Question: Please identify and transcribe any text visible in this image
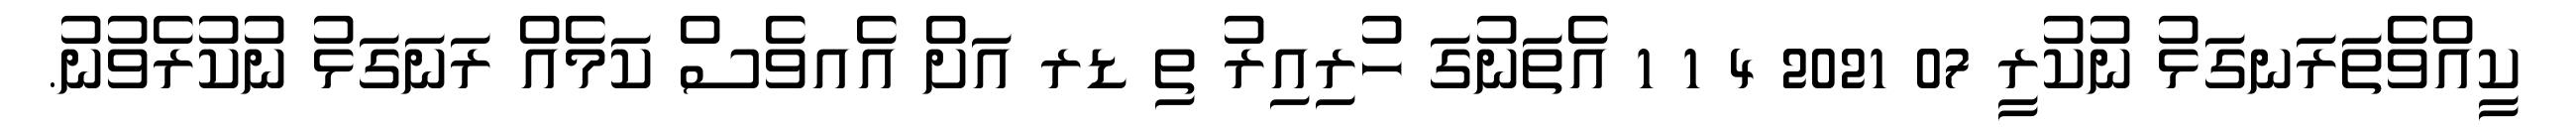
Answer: ކީއްވެތަރަނގަޅު ނުކުރީ 07 2021 4 1 1 އެތަނުގަ ހުރިއިރު ތި ޑރ އަށް އެއވެސް ކަމެއް ރަނަގަޅު ނުކުރެވުނު.